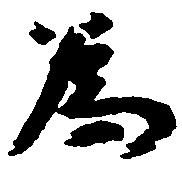
為